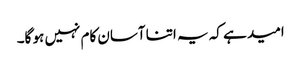
امید ہے کہ یہ اتنا آسان کام نہیں ہو گا۔